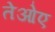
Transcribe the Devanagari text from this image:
तेओए